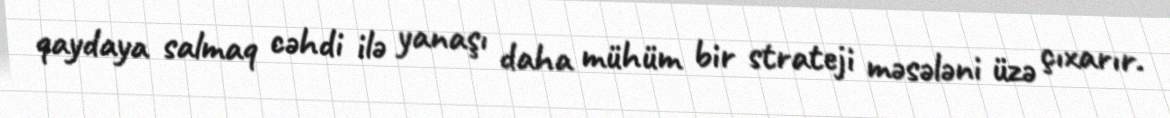
qaydaya salmaq cəhdi ilə yanaşı daha mühüm bir strateji məsələni üzə çıxarır.